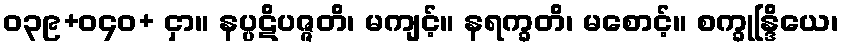
ဝ၃၉+ဝ၄၀+ ငှာ။ နပ္ပဋိပဇ္ဇတိ၊ မကျင့်။ နရက္ခတိ၊ မစောင့်။ စက္ခုန္ဒြိယေ၊